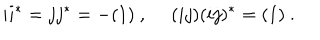
i i ^ { * } = j j ^ { * } = - ( 1 ) ~ , ~ ~ ( i j ) ( i j ) ^ { * } = ( 1 ) ~ .